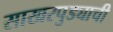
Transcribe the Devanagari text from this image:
साखरपुड्याची